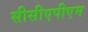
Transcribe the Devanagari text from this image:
सीसीएपीएम